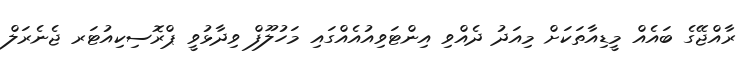
ރާއްޖޭގެ ބައެއް މީޑިއާތަކަށް މިއަދު ދެއްވި އިންޓަވިއުއެއްގައި މަހުލޫފް ވިދާޅުވީ ޕްރޮސިކިއުޓަރ ޖެނެރަލް